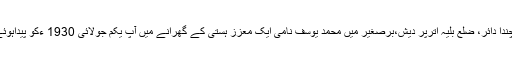
موضع چندا دائر، ضلع بلیہ اترپر دیش،برصغیر میں محمد یوسف نامی ایک معزز ہستی کے گھرانے میں آپ یکم جولائی 1930 ءکو پیداہوئے تھے۔